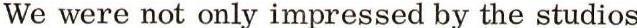
We were not only impressed by the studios